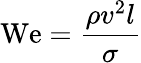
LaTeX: \mathrm{We}={\frac{\rho v^{2}l}{\sigma}}